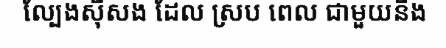
ល្បែងស៊ីសង ដែល ស្រប ពេល ជាមួយនឹង